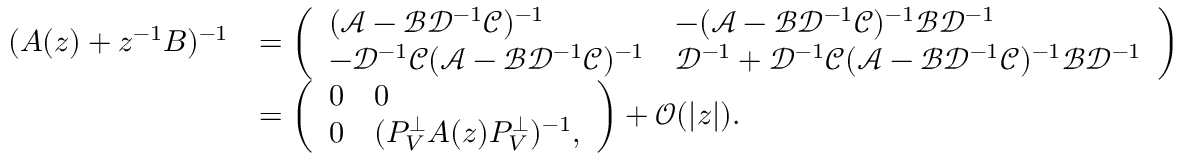
\begin{array} { r l } { ( A ( z ) + z ^ { - 1 } B ) ^ { - 1 } } & { = \left( \begin{array} { l l } { ( \mathcal { A } - \mathcal { B } \mathcal { D } ^ { - 1 } \mathcal { C } ) ^ { - 1 } } & { - ( \mathcal { A } - \mathcal { B } \mathcal { D } ^ { - 1 } \mathcal { C } ) ^ { - 1 } \mathcal { B } \mathcal { D } ^ { - 1 } } \\ { - \mathcal { D } ^ { - 1 } \mathcal { C } ( \mathcal { A } - \mathcal { B } \mathcal { D } ^ { - 1 } \mathcal { C } ) ^ { - 1 } } & { \mathcal { D } ^ { - 1 } + \mathcal { D } ^ { - 1 } \mathcal { C } ( \mathcal { A } - \mathcal { B } \mathcal { D } ^ { - 1 } \mathcal { C } ) ^ { - 1 } \mathcal { B } \mathcal { D } ^ { - 1 } } \end{array} \right) } \\ & { = \left( \begin{array} { l l } { 0 } & { 0 } \\ { 0 } & { ( P _ { V } ^ { \perp } A ( z ) P _ { V } ^ { \perp } ) ^ { - 1 } , } \end{array} \right) + { \mathcal O } ( | z | ) . } \end{array}